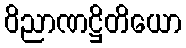
ဝိညာဏဋ္ဌိတိယော